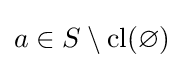
a\in S\setminus {\text{cl}}(\varnothing )